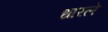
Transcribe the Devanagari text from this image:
धारले